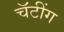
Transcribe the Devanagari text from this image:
चॅटींग